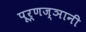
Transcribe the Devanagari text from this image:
पूर्णज्ञानी